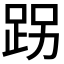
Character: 𨀌